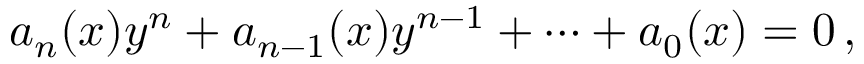
a _ { n } ( x ) y ^ { n } + a _ { n - 1 } ( x ) y ^ { n - 1 } + \cdots + a _ { 0 } ( x ) = 0 \, ,